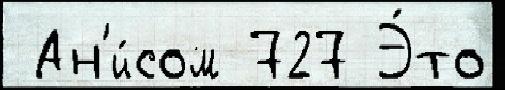
 Ан'и́сом 727 Э́то